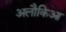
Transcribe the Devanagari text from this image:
अलौकिआ